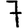
Digit: 7